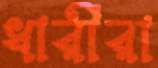
ধারীরা